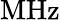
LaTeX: \mathrm{MHz}